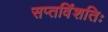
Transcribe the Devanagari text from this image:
सप्तविंशतिः